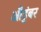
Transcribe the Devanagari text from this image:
औडुंबर